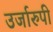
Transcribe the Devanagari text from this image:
उर्जारुपी